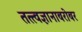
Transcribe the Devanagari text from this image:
तत्त्वज्ञानाबरोबर